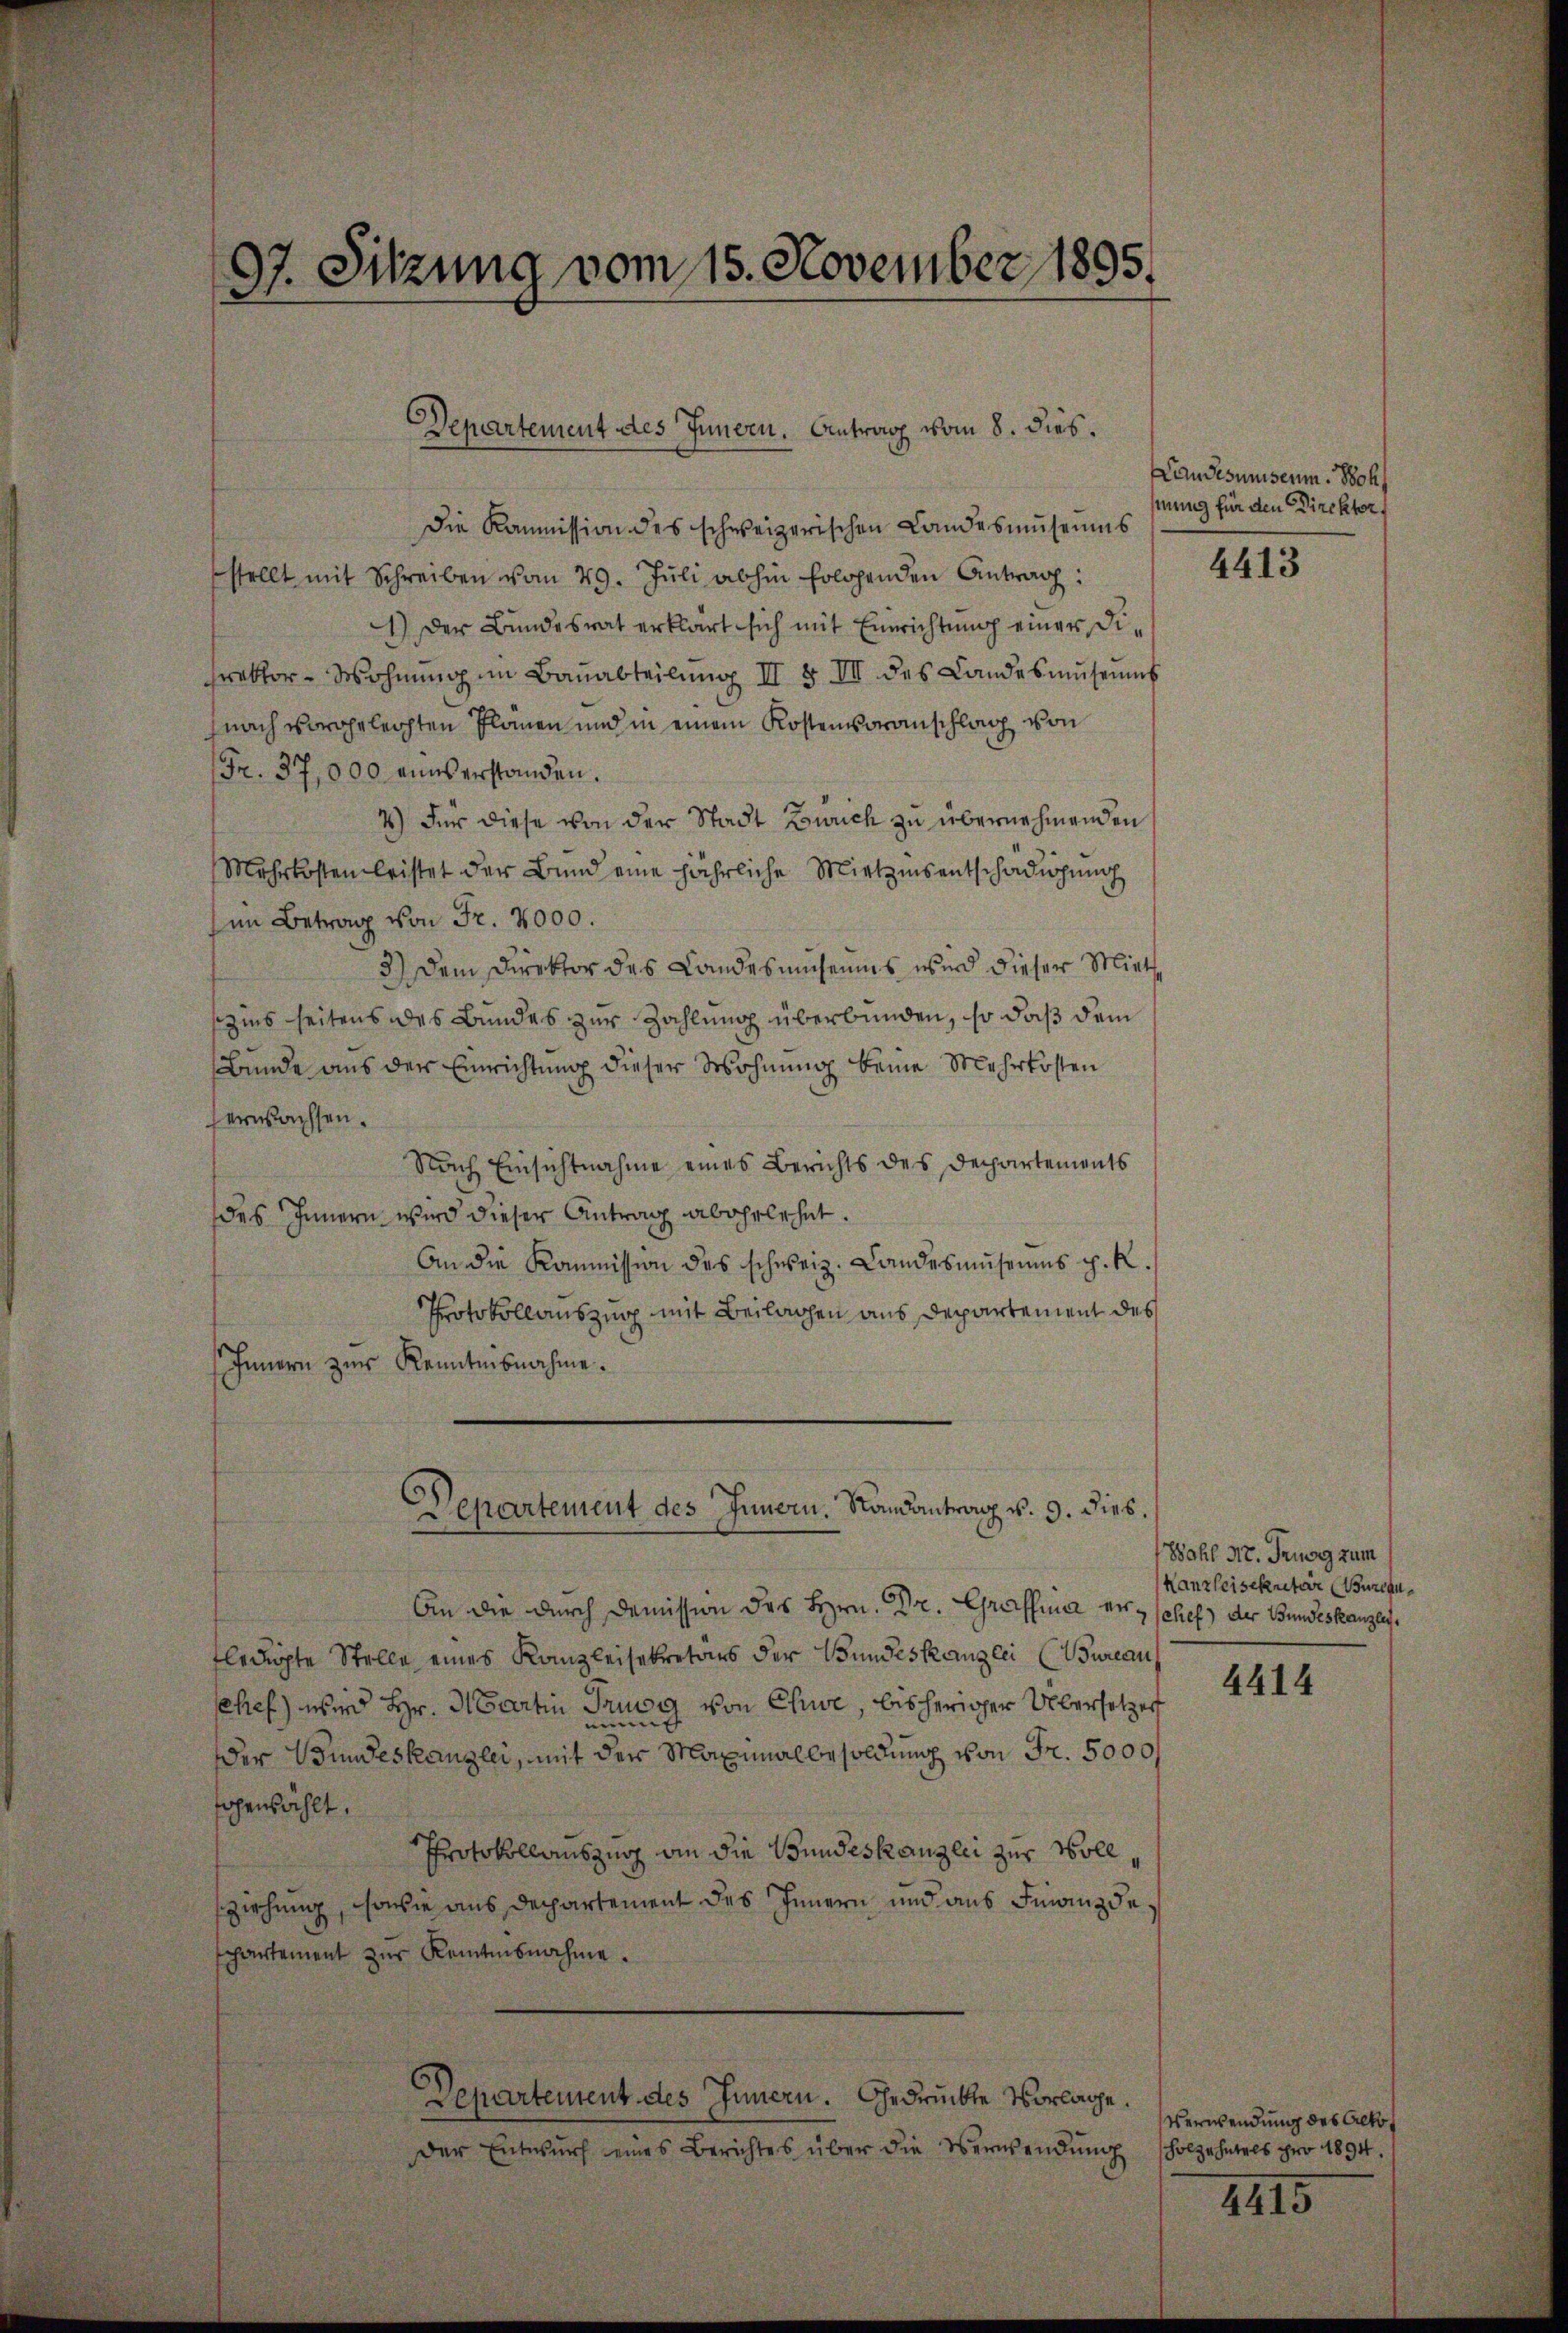
97. Sitzung vom 15. November 1895.

Departement des Innern. Antrag vom 8. dies

Die Kommission des schweizerischen Landesmuseums
stellt mit Schreiben vom 29. Jŭli abhin folgenden Antrag:
1.) Der Bundesrat erklärt sich mit Einrichtung einer Dipektor Wohnŭng im Baŭabteilŭng III § III des Landesmŭseŭms
nach vorgeleichten Plänen und in einem Kostenvoranschlag von
Fr. 37,000 eins erstanden.
4.) Für diese von der Stadt Zwuch zu übernehmenden
Mehrkosten leistet der Bund eine jährliche Mietzinsentschädigung
im Betrag von Fr. 2000.
3.) Dem Direktor des Landesuseums wird dieser Miethe
szins seitens des Bundes zur Zahlung überbunden, so daß dem
Bunde aus der Einrichtung dieser Wohnung keine Mehrkosten
erwachsen.
Nach Einsichtnahme eines Berichts des Departements
des Innern wird dieser Antrag abgelehnt.
An die Kommission des schweiz. Landesmuseums p. R.
Protokollauszug mit Beilagen aus Departement des
Innern zur Kenntnisnahme.
Departement des Innern. Randantrag v. 9. dies.
An die durch Demission des Hrn. Dr. Graffier erschef) der Bundeskanzleytledigte Stelle eines Kanzleisekretärs der Bundeskanzlei (Bureaus
ehef) wird Hr. Martin Trung von Chure, bisheriger Übersetzer
der Bundeskanzlei, mit der Maximalbesoldung von Fr. 5000f
oenzählt.
Protokollauszug an die Bundeskanzlei zur Woll
sziehung, sowie aus Departement des Innern und aus Finanzde
schartement zur Keinensnahme.
Departement des Innern. Gedrückte Vorlage.
Der Entwŭrf eines Berichtes über die Verwendŭng scholzehntels pro 1894.

Kan desimuseum. Soh
hmung für den Direktors

4413

Wohl Nr. Trung zum
Kanzleisekretär (Bureau

4414

Verwendung des Alkof

4415